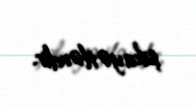
şikayətlərdir.